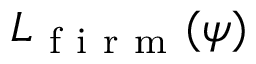
{ L } _ { \mathrm { ~ f ~ i ~ r ~ m ~ } } ( \psi )